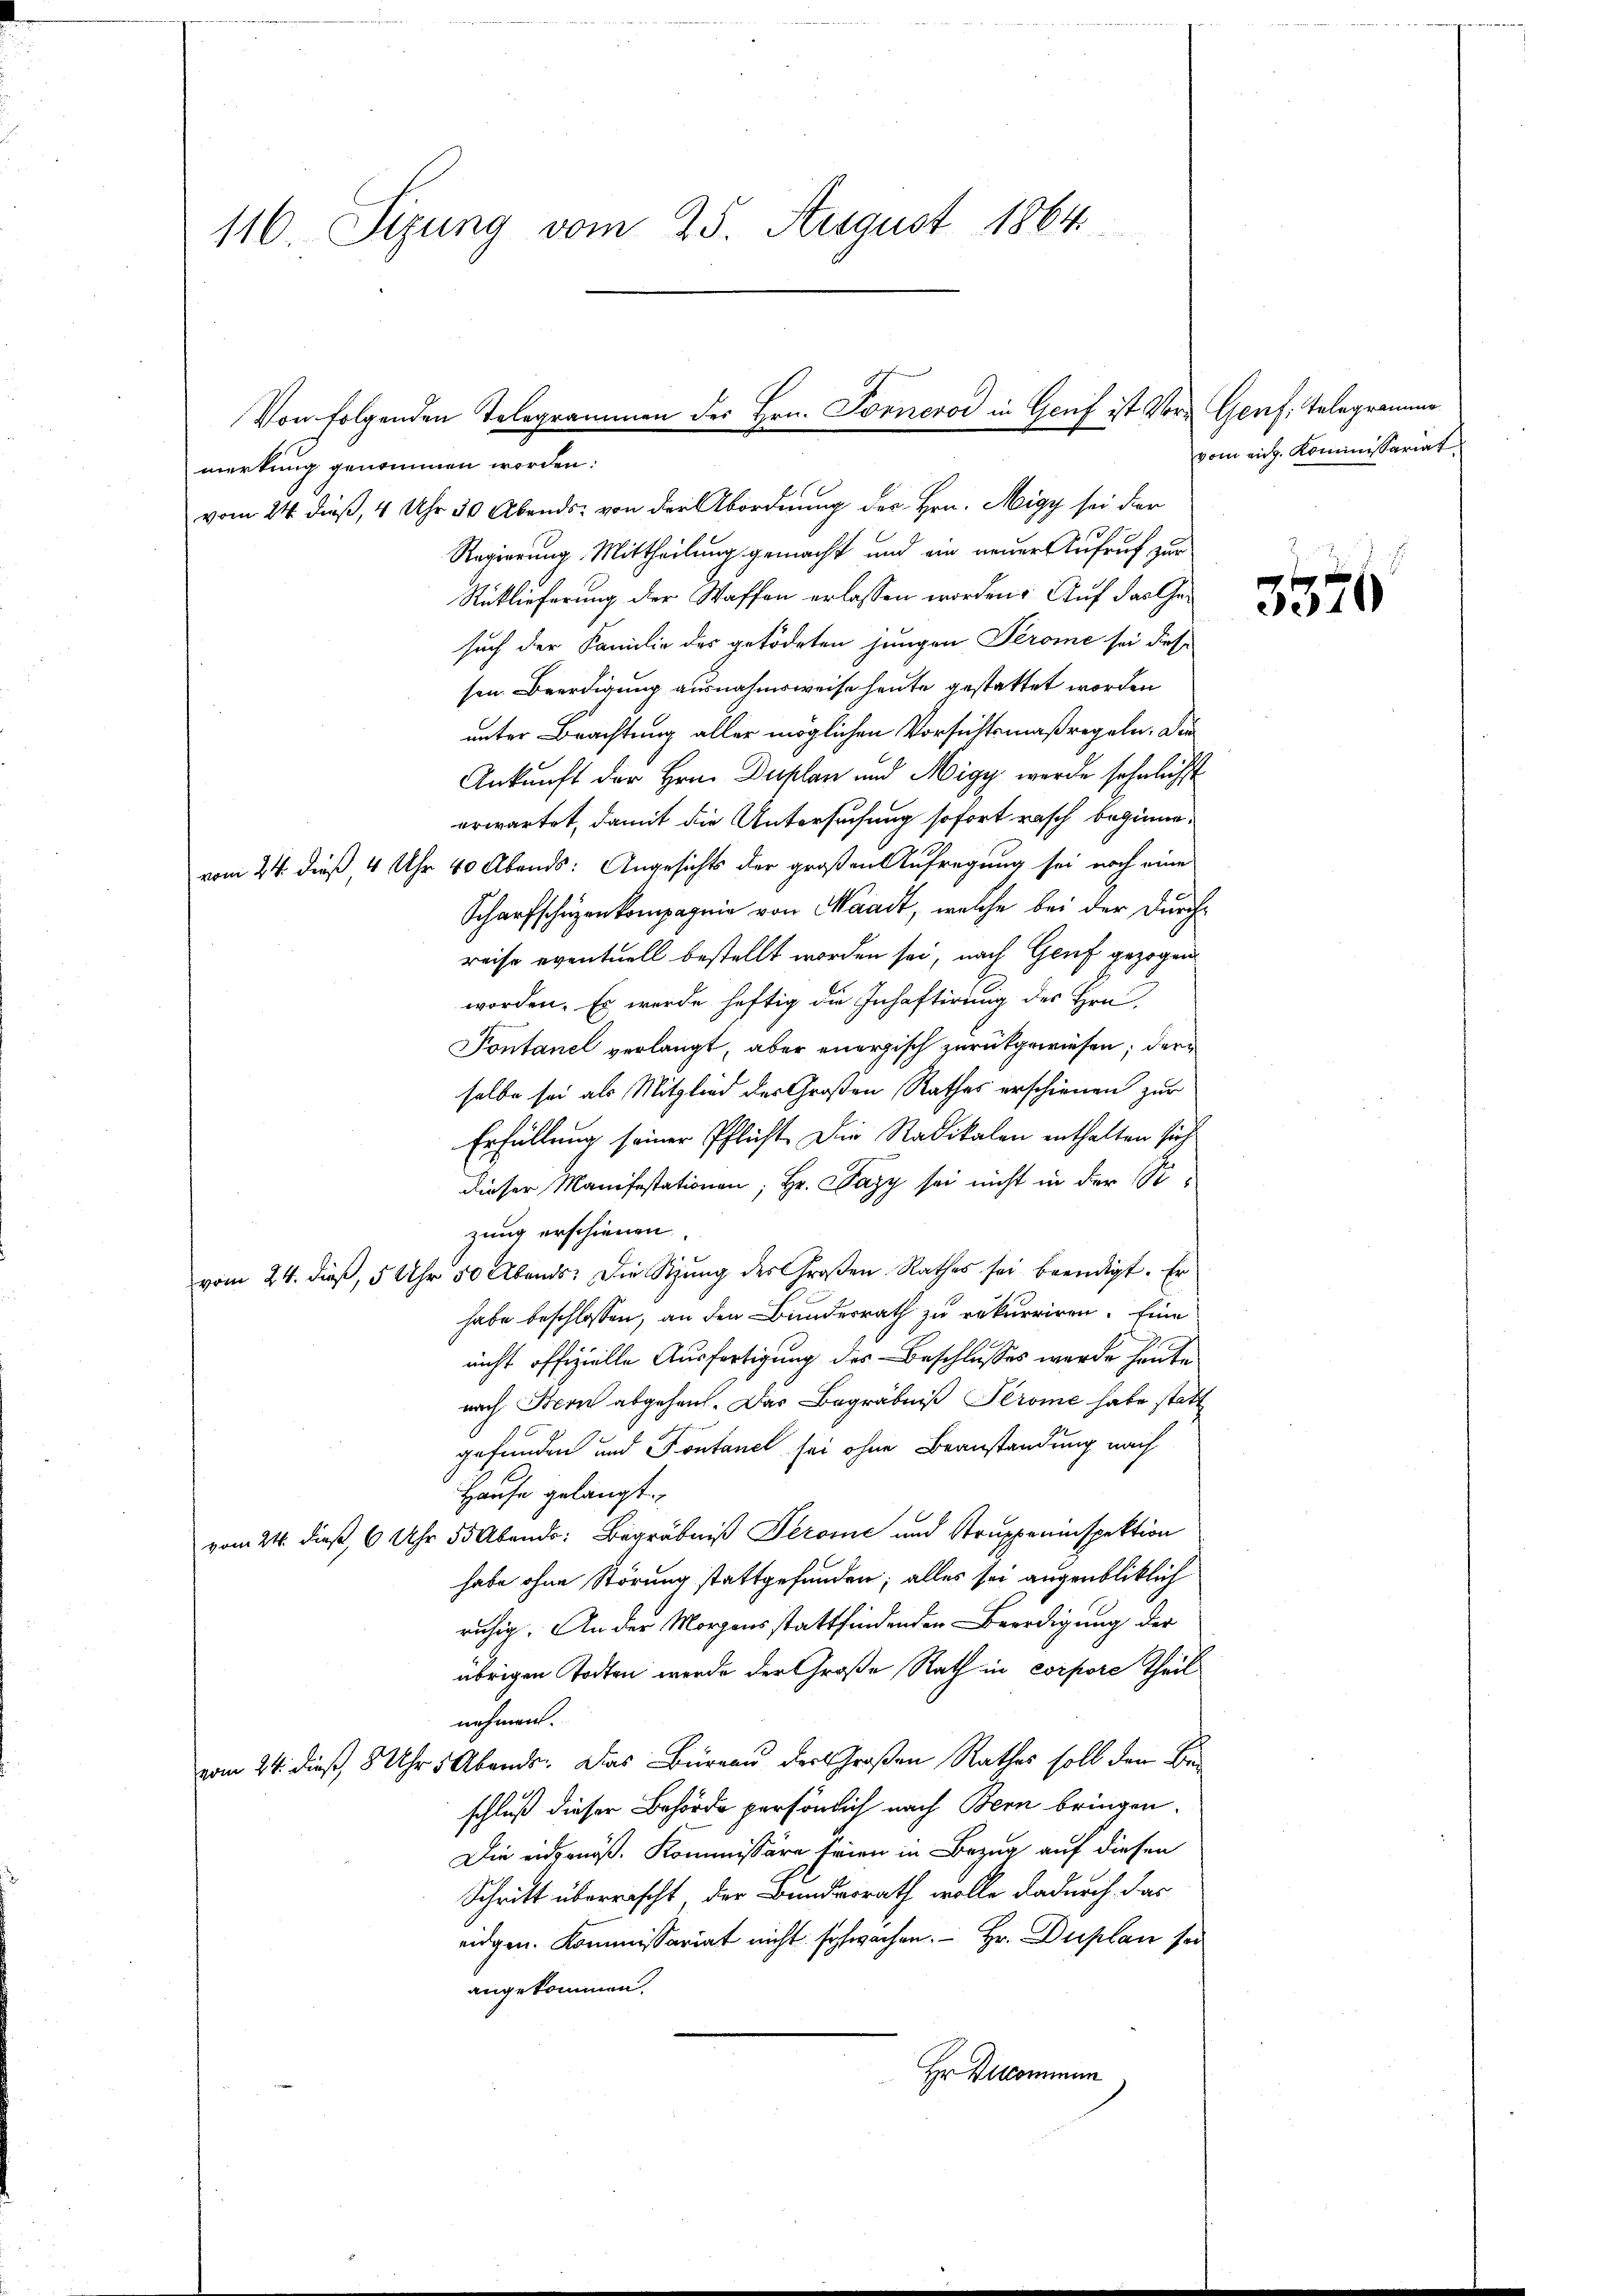
116 Sizung vom 25. August 1864.

merkung genommen worden:
vom 24. dieß, 4 Uhr 30 Abends von der Abordnung des Hrn. Higy sei der
Regierung Mittheilung gemacht und ein neuer Aufruf zur
Rüklieferung der Waffen erlassen worden. Auf das Gesuch der Familie des getödeten jungen Perome sei diese
sen Beerdigung ausnahmsweise heute gestattet worden
unter Brachtung aller möglichen Vorsichtsmaßregeln. Die
Ankunft der Hrn. Duplan und Migy werde sehnlichst
erwartet, damit die Untersuchung sofort rasch beginnevom 24. dieß, 4 Uhr 40 Abends: Angesichts der großen Aufregung sei noch eine
Scharfschüzenkompagnie von Waadt, welche bei der Durchreise eventuell bestellt worden sei, nach Genf gezogen
worden. Es werde heftig die Inhaftirung des Hrn
Pontanel verlangt, aber energisch zurückgewiesen, der
selbe sei als Mitglied der Großen Rathes erschienen zur
Erfüllung seiner Pflicht. Die Radikalen enthalten sich
dieser Manifestationen; Hr. Dazy sei nicht in der Sozung erschienen.
vom 24. dieß, 5 Uhr 50 Abends: Die Stung des Großen Rathes sei beendigt. Er
habe beschlossen, an den Bundesrath zu rekurriren. Eine
nicht offizielle Ausfertigung des Beschlusses werde heute
nach Bern abgehen. Das Begräbniß Ströme habe statt
gefunden und Fontanel sei ohne Beanstandung nach
Hause gelangt.
vom 24. dieß, 6 Uhr 50 Abendo: Begräbniß Jerome und Struppeninspektion
habe ohne Störung stattgefunden; alles sei augenbliklich
ruhig. An der Morgensstattfindenden Beerdigung der
übrigen Todten werde der Große Rath in corpore Theil
nehmen.
vom 24. dieß, 8 Uhr Abends. Das Büreau der Großen Rathes soll den Beschluß dieser Behörde persönlich nach Bern bringen.
Die eidgenöß. Kommissäre Frien in Bezug auf diesen
Schritt überrascht, der Bundesrath wolle dadurch das
eidgen. Kommissariat nicht schwächen.  Hr. Duplan sei
angekommen.
Hr Ilkommnun

Von folgenden Telegrammen des Hrn. Tonneros in Genf ist Vor- Genf. Telegramman

vom eing. Kommissariat

3376